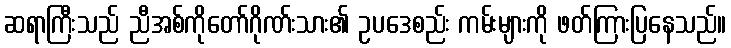
ဆရာကြီးသည် ညီအစ်ကိုတော်ဂိုဏ်းသား၏ ဥပဒေစည်း ကမ်းများကို ဖတ်ကြားပြနေသည်။